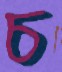
চ